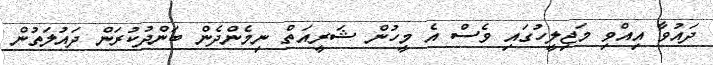
ދައުވާ އިއްވި މަޖިލީހުގައި ވެސް އެ މީހުން ޝަރީއަތް ނިމެންދެން ބަންދުކުރަން ދައުލަތުން